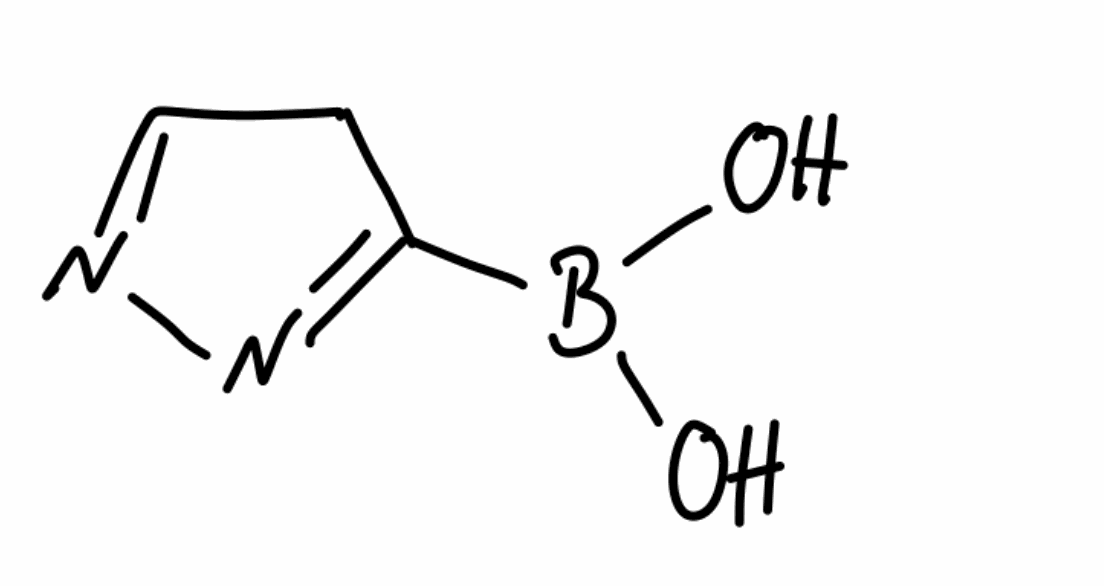
Simplified molecular-input line-entry system (SMILES) notation of the given molecule:
B(C1=NN=CC1)(O)O